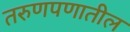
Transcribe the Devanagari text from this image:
तरुणपणातील